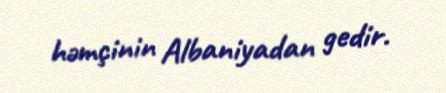
həmçinin Albaniyadan gedir.